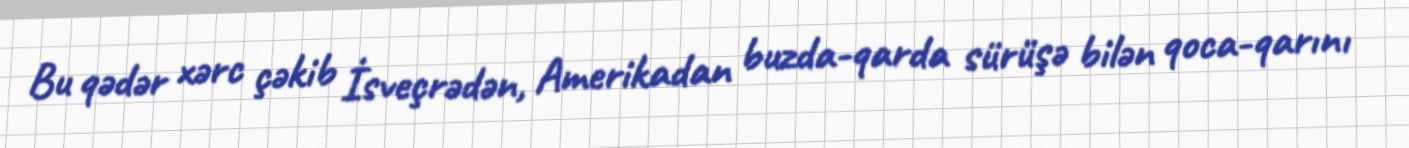
Bu qədər xərc çəkib İsveçrədən, Amerikadan buzda-qarda sürüşə bilən qoca-qarını